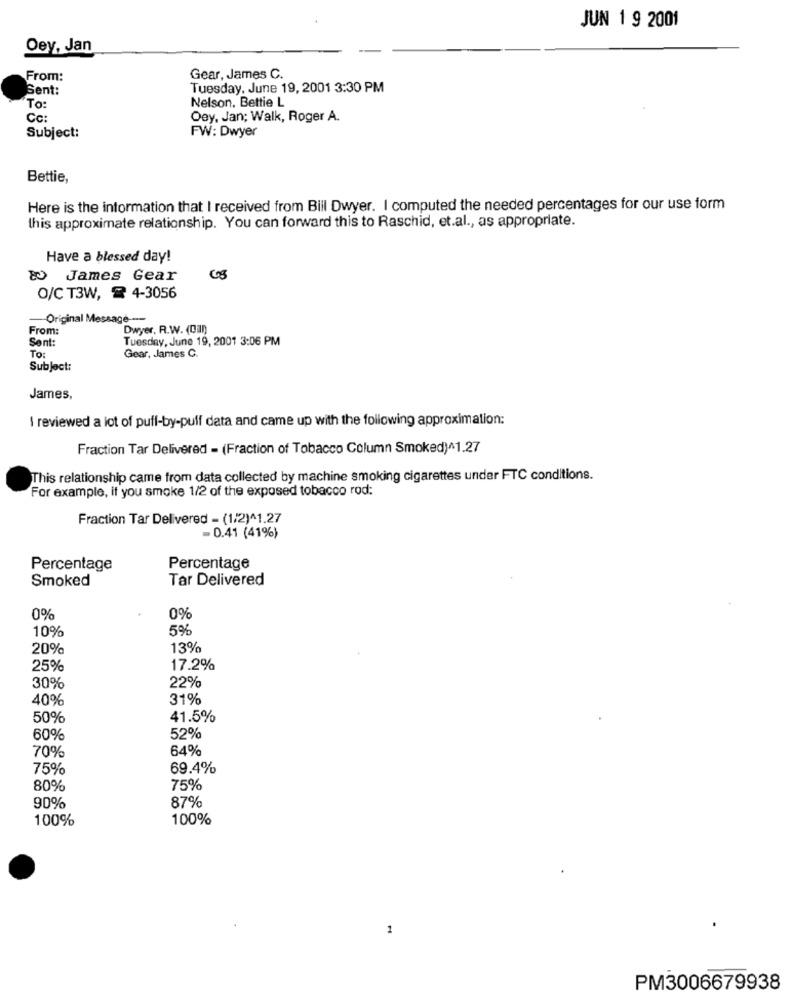
JUN 1 9 2001
Oey, Jan
From:
Gear, James C.
Sent:
Tuesday, June 19, 2001 3:30 PM
Nelson. Bettie L
To:
Cc:
Oey, Jan; Walk, Roger A.
Subject:
FW: Dwyer
Bettie,
Here is the information that I received from Bill Dwyer. I computed the needed percentages for our use form
this approximate relationship. You can forward this to Raschid, et.al ., as appropriate.
Have a blessed day!
80 James Gear
O/C T3W, 4-3056
Original Message ----
From:
Dwyer, R.W. (CIIn)
Tuesday, June 19, 2001 3:06 PM
Sent:
TO:
Gear, James C.
Subject:
James,
I reviewed a lot of puff-by-puff data and came up with the following approximation:
Fraction Tar Delivered - (Fraction of Tobacco Column Smoked)^1.27
This relationship came from data collected by machine smoking cigarettes under FTC conditions.
For example, if you smoke 1/2 of the exposed tobacco rod:
Fraction Tar Delivered - (1/2)^1.27
= 0.41 (41%)
Percentage
Percentage
Smoked
Tar Delivered
0%
0%
10%
5%
20%
13%
25%
17.2%
22%
30%
40%
31%
50%
41.5%
60%
52%
70%
64%
75%
69.4%
80%
75%
87%
90%
100%
100%
1
PM3006679938